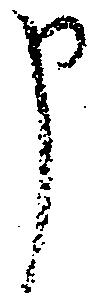
申